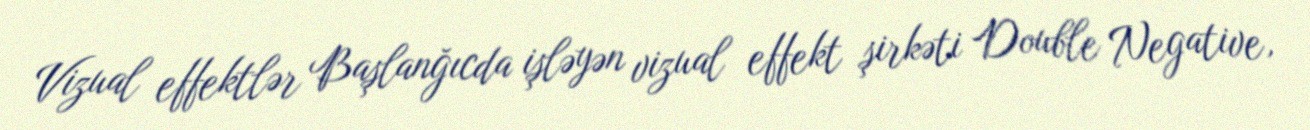
Vizual effektlər Başlanğıcda işləyən vizual effekt şirkəti Double Negative,